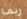
ربما